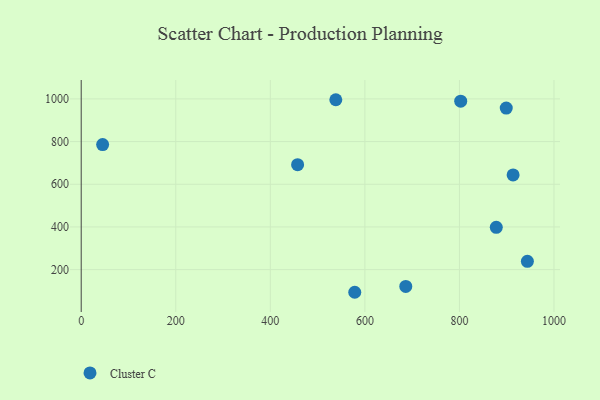
{"axis": {"x": "Distance", "y": "Demand"}, "legend": ["Cluster C"], "data": [{"x": "877.9", "y": 398.1, "type": "Cluster C"}, {"x": "538.5", "y": 996.2, "type": "Cluster C"}, {"x": "913.5", "y": 643.7, "type": "Cluster C"}, {"x": "899.0", "y": 956.9, "type": "Cluster C"}, {"x": "943.7", "y": 239.0, "type": "Cluster C"}, {"x": "578.6", "y": 93.8, "type": "Cluster C"}, {"x": "45.3", "y": 786.1, "type": "Cluster C"}, {"x": "802.7", "y": 989.2, "type": "Cluster C"}, {"x": "686.5", "y": 121.0, "type": "Cluster C"}, {"x": "457.7", "y": 691.7, "type": "Cluster C"}]}